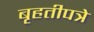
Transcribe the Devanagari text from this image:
बृहतीपत्रे